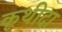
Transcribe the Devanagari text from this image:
कृथीदा